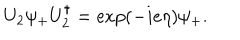
LaTeX: U _ { 2 } \psi _ { + } U _ { 2 } ^ { \dagger } = \exp ( - i e \eta ) \psi _ { + } .